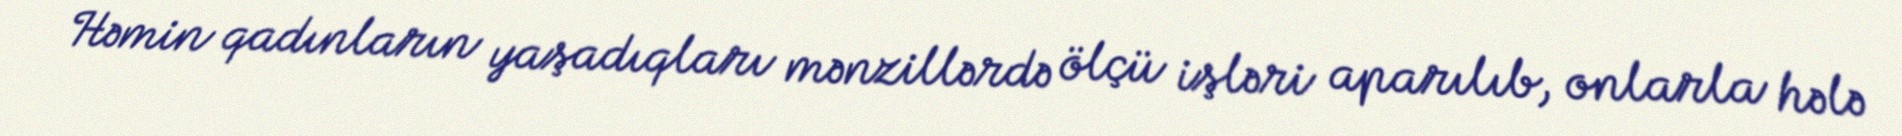
Həmin qadınların yaşadıqları mənzillərdə ölçü işləri aparılıb, onlarla hələ